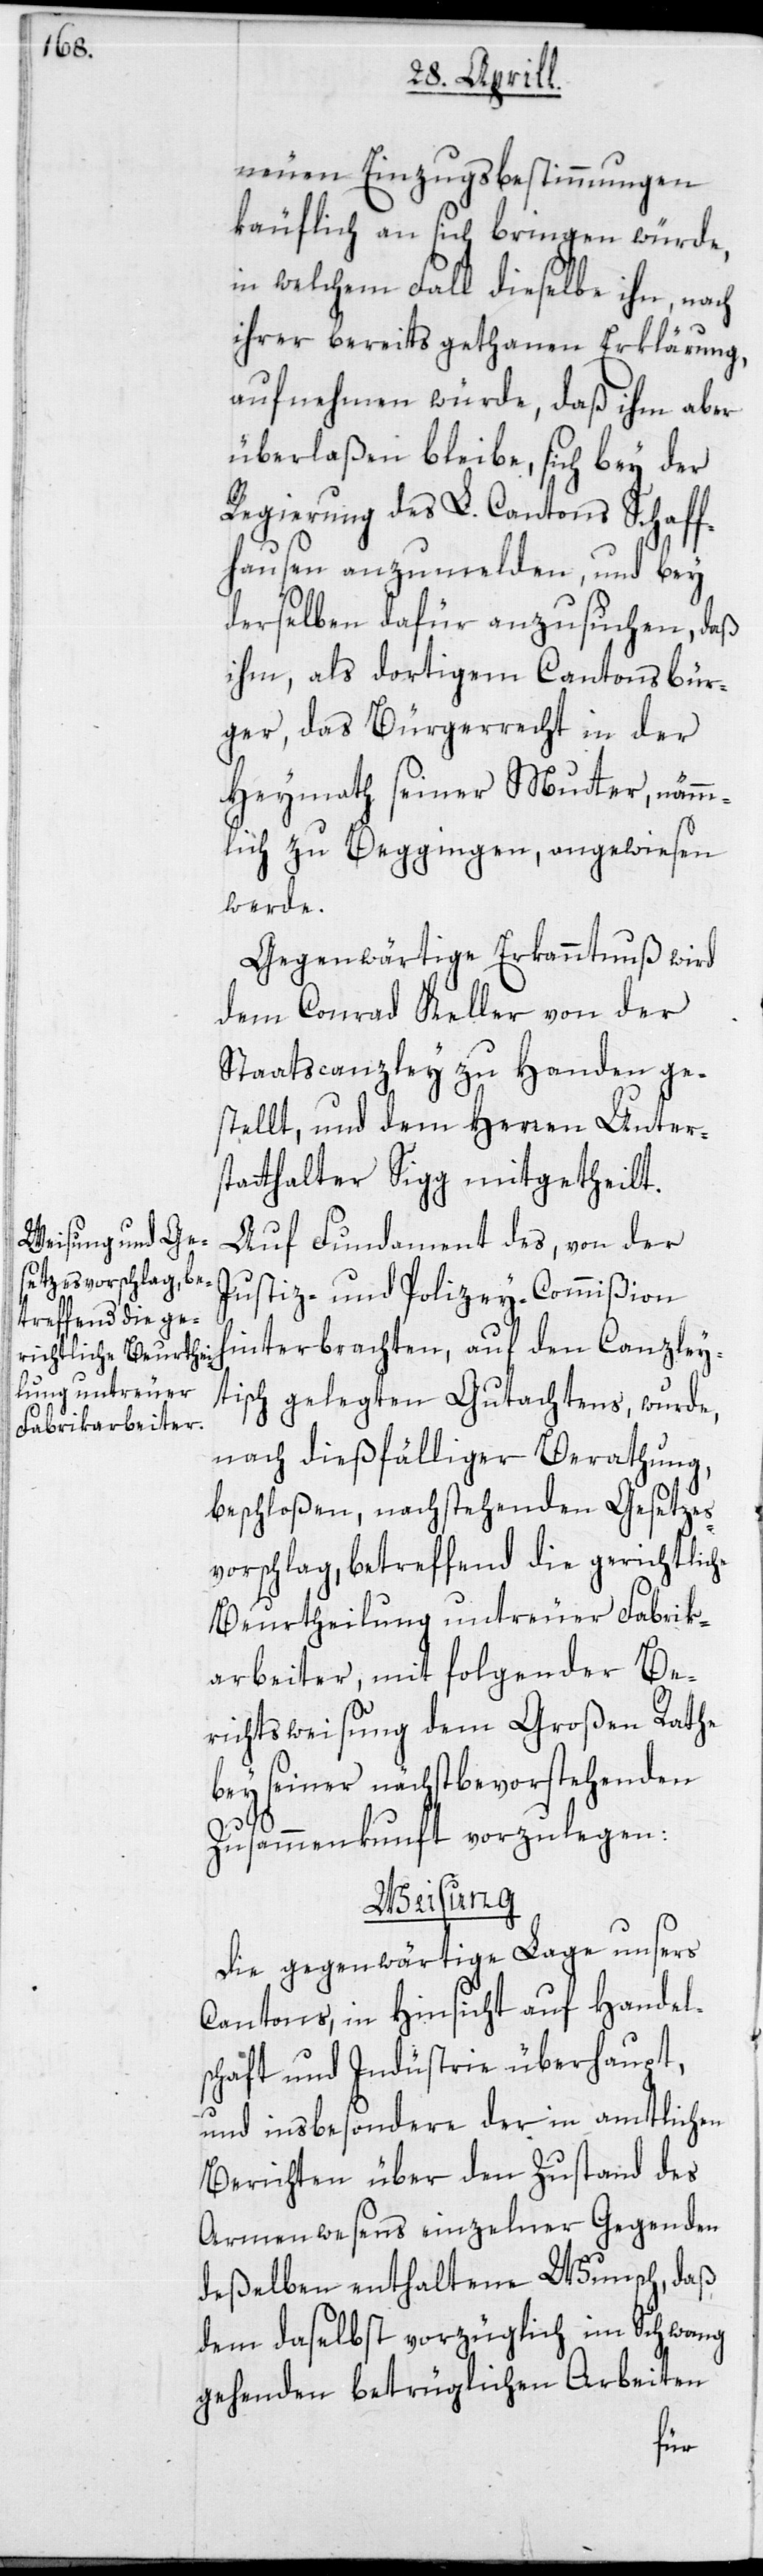
neuen Einzugsbestimmungen
käuflich an sich bringen würde,
in welchem Fall dieselbe ihn, nach
ihrer bereits gethanen Erklärung,
aufnehmen würde, daß ihm aber
überlaßen bleibe, sich bey der
Regierung des L. Cantons Schaff¬
hausen anzumelden, und bey
derselben dafür anzusuchen, daß
ihm, als dortigem Cantonsbür¬
ger, das Bürgerrecht in der
Heymath seiner Mutter, nämm¬
lich zu Beggingen, angewiesen
werde.
Gegenwärtige Erkanntnuß wird
dem Conrad Keller von der
Staatscanzley zu Handen ge¬
stellt, und dem Herren Unter¬
statthalter Sigg mitgetheilt.
Auf Fundament des, von der
Justiz- und Polizey-Commißion
hinterbrachten, auf den Canzley¬
tisch gelegten Gutachtens, wurde,
nach dießfälliger Berathung,
beschloßen, nachstehenden Gesetzes¬
vorschlag, betreffend die gerichtliche
Beurtheilung untreuer Fabrik¬
arbeiter, mit folgender Be¬
richtsweisung dem Großen Rathe
bey seiner nächstbevorstehenden
Zusammenkunft vorzulegen:
Weisung
Die gegenwärtige Lage unsers
Cantons, in Hinsicht auf Handel¬
schaft und Industrie überhaupt,
und insbesondere der in amtlichen
Berichten über den Zustand des
Armenwesens einzelner Gegenden
deßelben enthaltene Wunsch, daß
dem daselbst vorzüglich im Schwang
gehenden betrüglichen Arbeiten